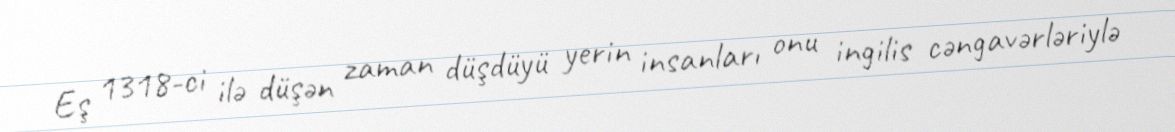
Eş 1318-ci ilə düşən zaman düşdüyü yerin insanları onu ingilis cəngavərləriylə